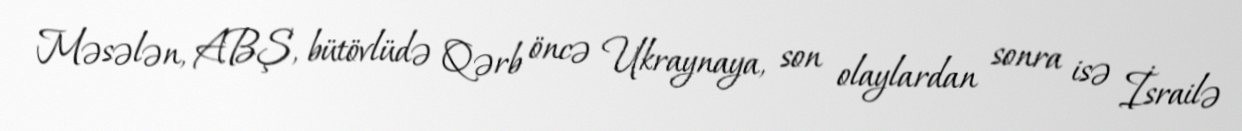
Məsələn, ABŞ, bütövlüdə Qərb öncə Ukraynaya, son olaylardan sonra isə İsrailə